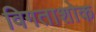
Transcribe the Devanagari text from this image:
विगताशोक